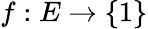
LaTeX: f:E\rightarrow\{ 1\}